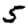
Digit: 5